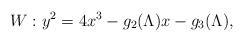
LaTeX: \begin{align*}W: y^2 = 4x^3 - g_2(\Lambda) x - g_3(\Lambda),\end{align*}